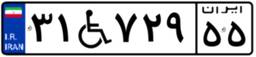
۳۱W۷۲۹۵۵